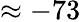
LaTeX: \approx-73